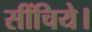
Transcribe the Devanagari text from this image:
सींचिये।